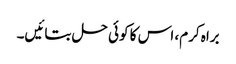
براہ کرم، اس کا کوئی حل بتائیں۔